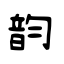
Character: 韵